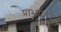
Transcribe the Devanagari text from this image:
प्राभाकरे